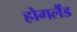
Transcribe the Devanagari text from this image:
होगलैंड